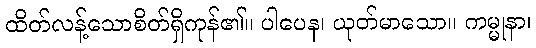
ထိတ်လန့်သောစိတ်ရှိကုန်၏။ ပါပေန၊ ယုတ်မာသော။ ကမ္မုနာ၊